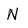
Character: N